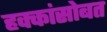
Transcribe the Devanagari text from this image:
हक्कांसोबत